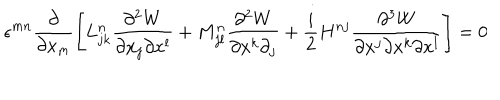
LaTeX: \epsilon ^ { m n } \displaystyle \frac { \partial } { \partial x _ { m } } \left[ L _ { j k } ^ { n } \frac { \partial ^ { 2 } W } { \partial x _ { j } \partial x ^ { l } } + M _ { j l } ^ { n } \frac { \partial ^ { 2 } W } { \partial x ^ { k } \partial _ { j } } + \frac { i } { 2 } H ^ { n j } \frac { \partial ^ { 3 } W } { \partial x ^ { j } \partial x ^ { k } \partial x ^ { l } } \right] = 0